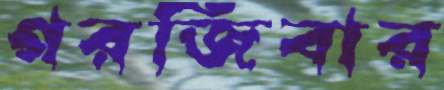
গরজিবার